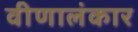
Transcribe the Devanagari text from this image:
वीणालंकार